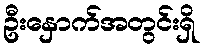
ဦးနှောက်အတွင်းရှိ